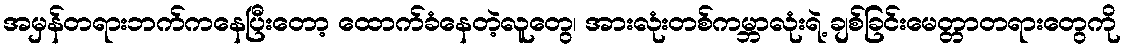
အမှန်တရားဘက်ကနေပြီးတော့ ထောက်ခံနေတဲ့လူတွေ၊ အားလုံးတစ်ကမ္ဘာလုံးရဲ့ ချစ်ခြင်းမေတ္တာတရားတွေကို